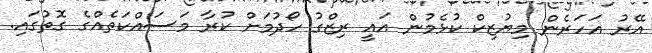
އޭރު އަހަރެން މިޔުޒިކް ކުޅެމުން އައީ ރިޒްގު ހޯދުމަށް ކުރާ މަސައްކަތެއްގެ ގޮތުގައި.